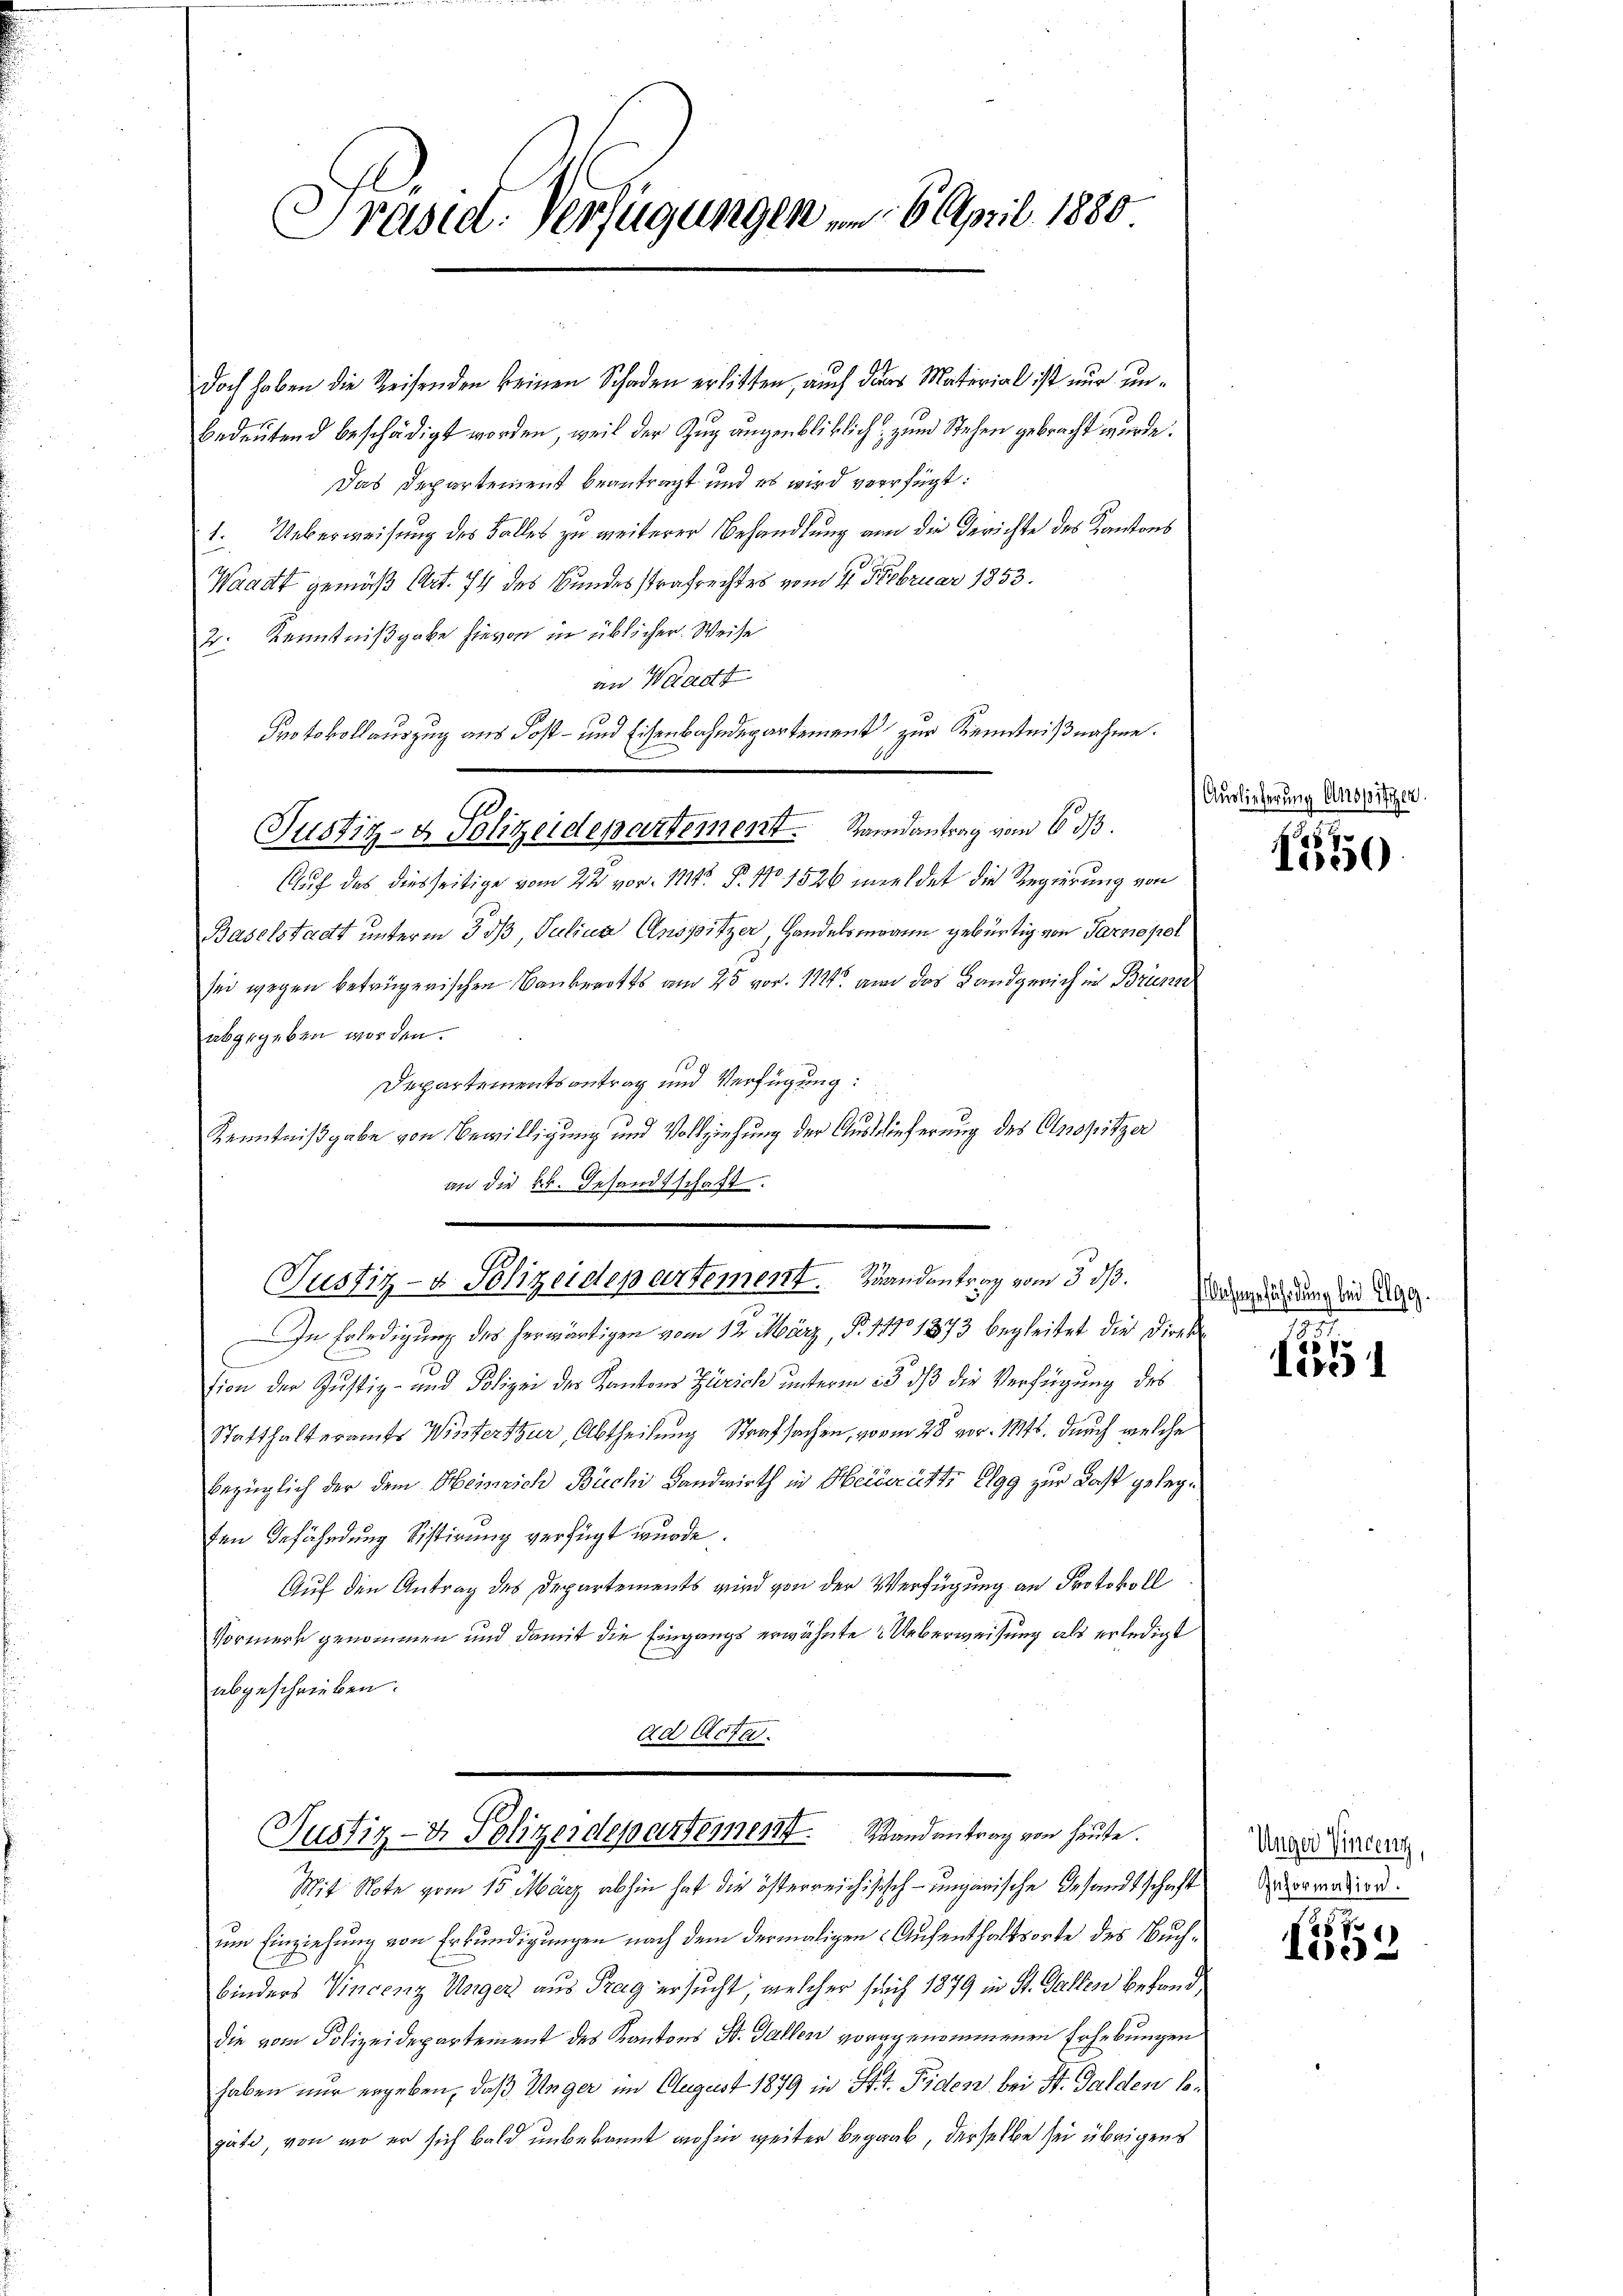
Präsid. Verfügungen am 6. April 1880

doch haben die Reisenden keinen Schaden erlitten, auch das Material ist nur unbedeutend beschädigt worden, weil der Zug augenbliklich zum Stehen gebracht wurde.
Das Departement beantragt und es wird verfügt:
1. Ueberweisung des Falles zu weiterer Behandlung an die Gerichte des Kantons
Waadt gemäß Art. 74 des Bundesstrafrechtes vom 4. Februar 1853.
2. Kenntnißgabe hievon in üblicher Weise
an Waadt
Auch das diesseitige vom 22. vor. 11. P. No 1526 meldet die Regierung von
Baselstadt unterm 5 dß, Julius Anspitzer, Handelsmann gebürtig von Tarno pot
sei wegen betrügerischen Bankerotts am 25 vor. 112. an das Landgerich in Brünn
abgegeben worden.
Departementsantrag und Verfügung:
Kenntnißgabe von Bewilligung und Vollziehung der Auslieferung des Anspritzer
an die kk. Gesandtschaft.
Justiz- & Polizeidepartement. Brandantrag vom 3. ds.
In Erledigung des herwärtigen vom 12. März, N. 111 1873 begleitet die Direk
tion der Justiz- und Polizei der Kantons Zürich unterm 15. dß die Verfügung des
Statthalteramts Winterthur, Abtheilung Strafsachen, vom 28 vor. 1814. durch welche
bezüglich der dem Heinrich Büchi Landwirth in Heiderätte Elgg zur Last gelegt
ten Gefährdung Sistirung verfügt wurde
Auf den Antrag des Departements wird von der Verfügung an Protokoll
Vormerk genommen und damit die Eingangs erwähnte Ueberweisung als erledigt
.
abgeschrieben.
ad Acta.

Protokollauszug aus Post- und Eisenbahndepartament zur Kenntnißnahme.
.
Justiz- & Polizeidepartement. Randantrag vom 16. ds.

10

Justiz- & Polizeidepartement. Randantrag von heute.

Mit Note vom 15. März abhin hat die österreichisisch-ungarische Gesandtschaft
um Einziehung von Erkundigungen nach dem dermaligen Aufenthaltsorte des Buchbinders Vincenz Unger aus Prag ersucht, welcher sich 1879 in St. Gallen befanddie vom Polizeidepartement des Kantons St. Gallen vorgenommenen Erhebungen
haben nur ergeben, daß Unger im August 1879 in St. Fiden bei St. Galden begäte, von wo er sich bald unbekannt wohin weiter begaab, derselbe sei übrigens

Auslieferung Anspitzer.

1
le

Mechangefährdung bei Elgg.
.

t
Leven

Unger Vincenz,
Informassion.

1002